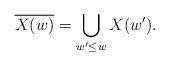
LaTeX: \begin{align*} \overline{X(w)}=\bigcup_{w'\leq w} X(w'). \end{align*}